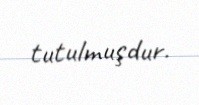
tutulmuşdur.